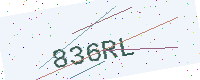
Text: 836RL